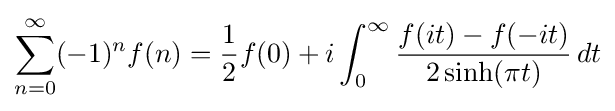
\sum _{n=0}^{\infty }(-1)^{n}f(n)={\frac {1}{2}}f(0)+i\int _{0}^{\infty }{\frac {f(it)-f(-it)}{2\sinh(\pi t)}}\,dt